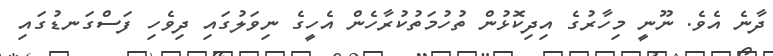
ދާނެ އެވެ. ނޫނީ މިހާރުގެ އިދިކޮޅުން ތުހުމަތުކުރާހެން އެހީގެ ނިވަލުގައި ދިވެހި ފަސްގަނޑުގައި